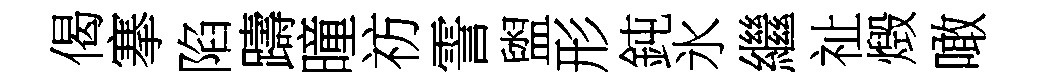
偈搴陷躊曈祊霅盥形鈍氷繼祉燬噉